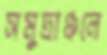
সমুদ্রাঞ্চলে